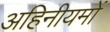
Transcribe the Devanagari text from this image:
अहिनीयमों